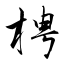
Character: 梬